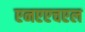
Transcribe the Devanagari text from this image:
एनएएचएल